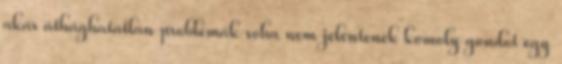
akár áthághatatlan problémák soha nem jelentenek komoly gondot egy